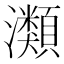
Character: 𤄹